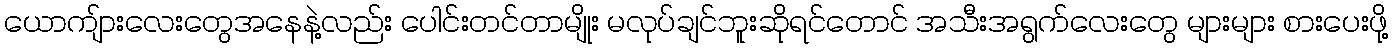
ယောကျ်ားလေးတွေအနေနဲ့လည်း ပေါင်းတင်တာမျိုး မလုပ်ချင်ဘူးဆိုရင်တောင် အသီးအရွက်လေးတွေ များများ စားပေးဖို့